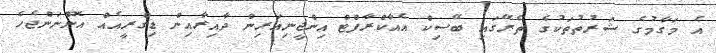
އެ މަގާމުގެ ޝަރުތުތަކުގެ ތެރޭގައި ބޭސިކް އެއާކްރާފްޓް އިންޖީނިއަރިން ދާއިރާއިން ޑިގްރީއެއް އޮންނަންޖެހެ